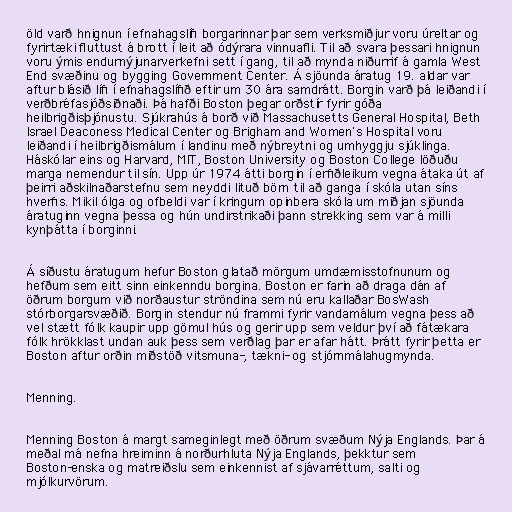
öld varð hnignun í efnahagslífi borgarinnar þar sem verksmiðjur voru úreltar og
fyrirtæki fluttust á brott í leit að ódýrara vinnuafli. Til að svara þessari hnignun
voru ýmis endurnýjunarverkefni sett í gang, til að mynda niðurrif á gamla West
End svæðinu og bygging Government Center. Á sjöunda áratug 19. aldar var
aftur blásið lífi í efnahagslífið eftir um 30 ára samdrátt. Borgin varð þá leiðandi í
verðbréfasjóðsiðnaði. Þá hafði Boston þegar orðstír fyrir góða
heilbrigðisþjónustu. Sjúkrahús á borð við Massachusetts General Hospital, Beth
Israel Deaconess Medical Center og Brigham and Women's Hospital voru
leiðandi í heilbrigðismálum í landinu með nýbreytni og umhyggju sjúklinga.
Háskólar eins og Harvard, MIT, Boston University og Boston College löðuðu
marga nemendur til sín. Upp úr 1974 átti borgin í erfiðleikum vegna átaka út af
þeirri aðskilnaðarstefnu sem neyddi lituð börn til að ganga í skóla utan síns
hverfis. Mikil ólga og ofbeldi var í kringum opinbera skóla um miðjan sjöunda
áratuginn vegna þessa og hún undirstrikaði þann strekking sem var á milli
kynþátta í borginni.

Á síðustu áratugum hefur Boston glatað mörgum umdæmisstofnunum og
hefðum sem eitt sinn einkenndu borgina. Boston er farin að draga dán af
öðrum borgum við norðaustur ströndina sem nú eru kallaðar BosWash
stórborgarsvæðið. Borgin stendur nú frammi fyrir vandamálum vegna þess að
vel stætt fólk kaupir upp gömul hús og gerir upp sem veldur því að fátækara
fólk hrökklast undan auk þess sem verðlag þar er afar hátt. Þrátt fyrir þetta er
Boston aftur orðin miðstöð vitsmuna-, tækni- og stjórnmálahugmynda.

Menning.

Menning Boston á margt sameginlegt með öðrum svæðum Nýja Englands. Þar á
meðal má nefna hreiminn á norðurhluta Nýja Englands, þekktur sem
Boston-enska og matreiðslu sem einkennist af sjávarréttum, salti og
mjólkurvörum.